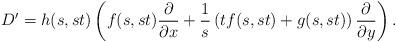
LaTeX: \begin{align*}D^{\prime}=h(s,st)\left(f(s,st)\frac{\partial}{\partial x}+\frac{1}{s}\left(tf(s,st)+g(s,st)\right)\frac{\partial}{\partial y}\right).\end{align*}